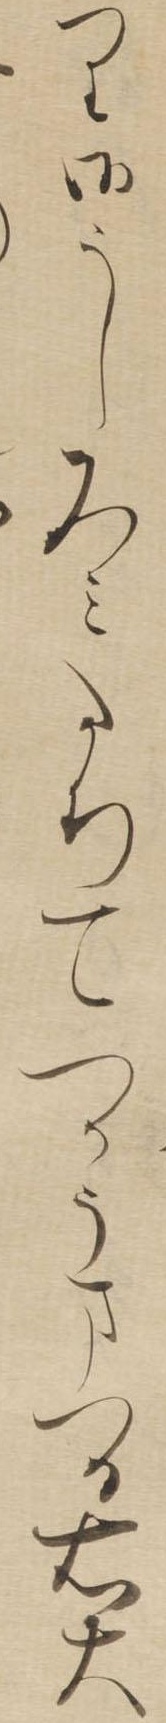
り御うしろみたちてつかうまつる右大